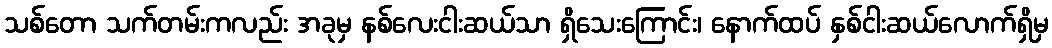
သစ်တော သက်တမ်းကလည်း အခုမှ နစ်လေးငါးဆယ်သာ ရှိသေးကြောင်း၊ နောက်ထပ် နှစ်ငါးဆယ်လောက်ရှိမှ